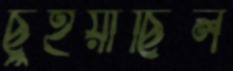
ছুঁইয়াছিল